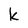
Character: k